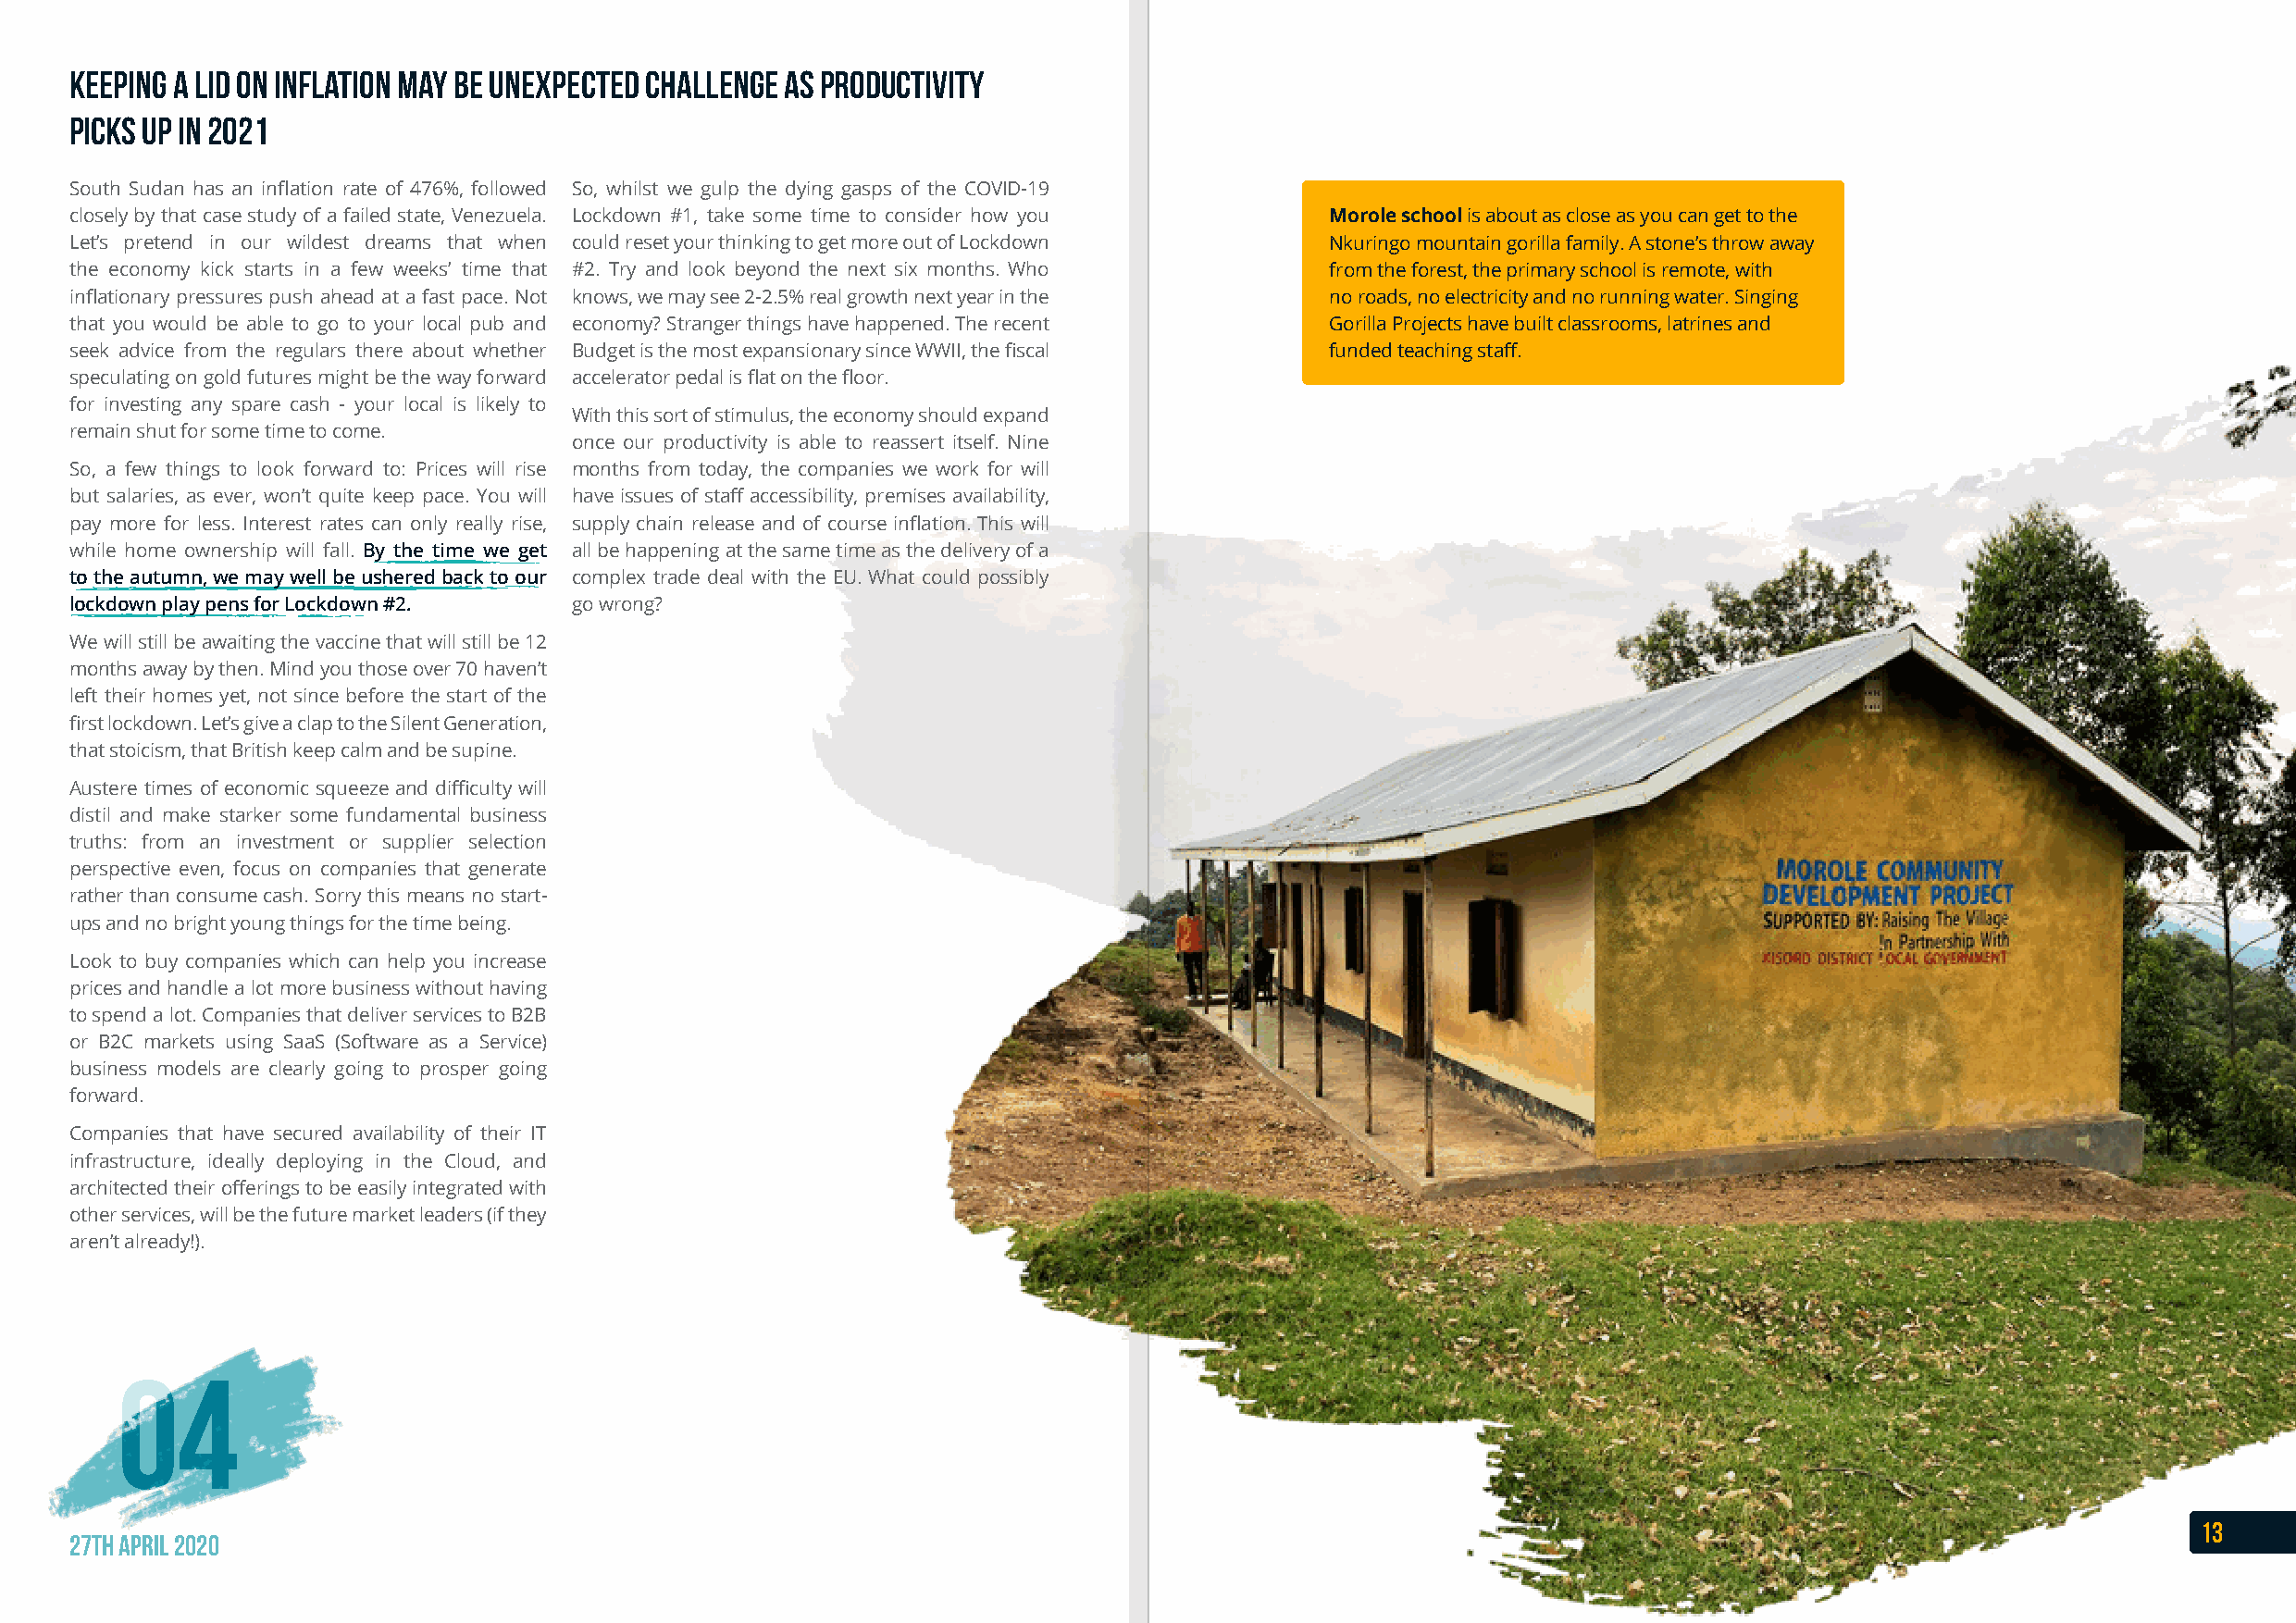
Keeping a lid on inflation may be unexpected challenge as productivity
 picks up in 2021
 South Sudan has an inflation rate of 476%, followed So, whilst we gulp the dying gasps of the COVID-19
 closely by that case study of a failed state, Venezuela. Lockdown #1, take some time to consider how you Morole school is about as close as you can get to the
 Let’s pretend in our wildest dreams that when could reset your thinking to get more out of Lockdown Nkuringo mountain gorilla family. A stone’s throw away
 the economy kick starts in a few weeks’ time that #2. Try and look beyond the next six months. Who from the forest, the primary school is remote, with
 inflationary pressures push ahead at a fast pace. Not knows, we may see 2-2.5% real growth next year in the no roads, no electricity and no running water. Singing
 that you would be able to go to your local pub and economy? Stranger things have happened. The recent Gorilla Projects have built classrooms, latrines and
 seek advice from the regulars there about whether Budget is the most expansionary since WWII, the fiscal funded teaching staff.
 speculating on gold futures might be the way forward accelerator pedal is flat on the floor.
 for investing any spare cash - your local is likely to
 With this sort of stimulus, the economy should expand
 remain shut for some time to come.
 once our productivity is able to reassert itself. Nine
 So, a few things to look forward to: Prices will rise months from today, the companies we work for will
 but salaries, as ever, won’t quite keep pace. You will have issues of staff accessibility, premises availability,
 pay more for less. Interest rates can only really rise, supply chain release and of course inflation. This will
 while home ownership will fall. By the time we get all be happening at the same time as the delivery of a
 to the autumn, we may well be ushered back to our complex trade deal with the EU. What could possibly
 lockdown play pens for Lockdown #2. go wrong?
 We will still be awaiting the vaccine that will still be 12
 months away by then. Mind you those over 70 haven’t
 left their homes yet, not since before the start of the
 first lockdown. Let’s give a clap to the Silent Generation,
 that stoicism, that British keep calm and be supine.
 Austere times of economic squeeze and difficulty will
 distil and make starker some fundamental business
 truths: from an investment or supplier selection
 perspective even, focus on companies that generate
 rather than consume cash. Sorry this means no start-
 ups and no bright young things for the time being.
 Look to buy companies which can help you increase
 prices and handle a lot more business without having
 to spend a lot. Companies that deliver services to B2B
 or B2C markets using SaaS (Software as a Service)
 business models are clearly going to prosper going
 forward.
 Companies that have secured availability of their IT
 infrastructure, ideally deploying in the Cloud, and
 architected their offerings to be easily integrated with
 other services, will be the future market leaders (if they
 aren’t already!).
 0044
 13
 27th April 2020